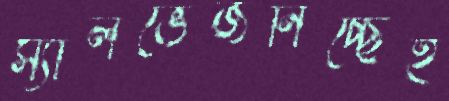
স্যালভেজনিচ্ছেই